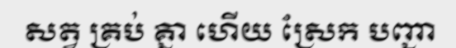
សត្វ គ្រប់ គ្នា ហើយ ស្រែក បញ្ជា